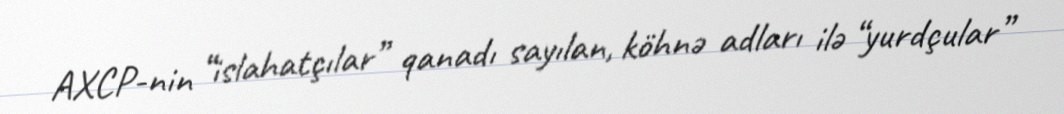
AXCP-nin “islahatçılar” qanadı sayılan, köhnə adları ilə “yurdçular”